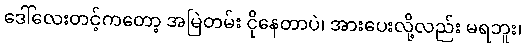
ဒေါ်လေးတင့်ကတော့ အမြဲတမ်း ငိုနေတာပဲ၊ အားပေးလို့လည်း မရဘူး၊